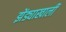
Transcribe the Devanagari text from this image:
झेंड्याखालीं